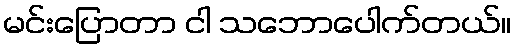
မင်းပြောတာ ငါ သဘောပေါက်တယ်။